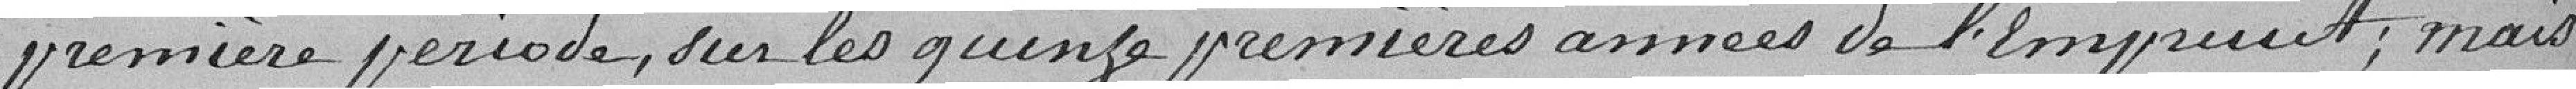
première période sur les quinze premières années de l'emprunt; mais